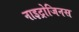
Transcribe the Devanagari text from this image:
नाइट्रोजिनस